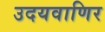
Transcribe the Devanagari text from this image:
उदयवाणिर